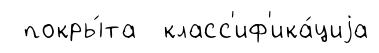
покры́та класс'иф'ика́циjа